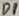
Text: D1